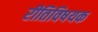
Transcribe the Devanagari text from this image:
रीतिविषयक